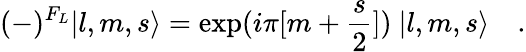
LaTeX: (-)^{F_{L}}|l,m,s\rangle=\exp(i\pi[m+{\frac{s}{2}}])\ |l,m,s\rangle\quad.